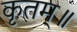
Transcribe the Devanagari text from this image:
कृतम्॥